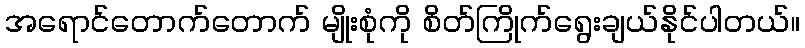
အရောင်တောက်တောက် မျိုးစုံကို စိတ်ကြိုက်ရွေးချယ်နိုင်ပါတယ်။